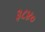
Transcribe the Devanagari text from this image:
३८४०